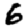
Digit: 6